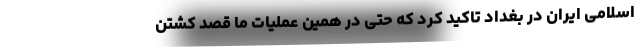
اسلامی ایران در بغداد تاکید کرد که حتی در همین عملیات ما قصد کشتن